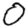
Digit: 0